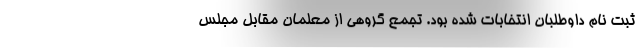
ثبت نام داوطلبان انتخابات شده بود. تجمع گروهی از معلمان مقابل مجلس